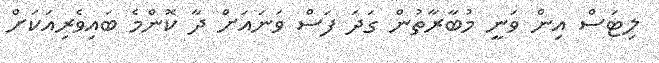
ލިޓަސް އިން ވަނީ މުބާރާތުން ގަދަ ފަސް ވަނައަށް ދާ ކޮންމެ ބައިވެރިއަކަށް